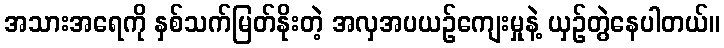
အသားအရေကို နှစ်သက်မြတ်နိုးတဲ့ အလှအပယဉ်ကျေးမှုနဲ့ ယှဉ်တွဲနေပါတယ်။